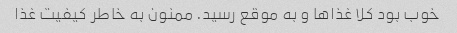
خوب بود کلا غذاها و به موقع رسید. ممنون به خاطر کیفیت غذا